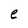
Character: e